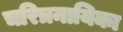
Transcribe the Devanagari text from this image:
चरित्रनायिका